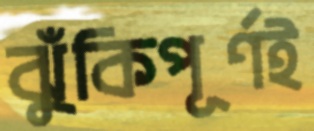
ঝুঁকিপূর্ণই